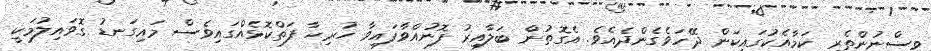
ވިސްނުންތެރި ކަމާއެކުގައިކަން ދޭހަވެގެންދެއެވެ. އެގޮތުން ބަލާއިރު ފޮނުއްވާފައިވާ ހުރިހާ ފަތްކޮޅެއްގައިވެސް މައިގަނޑު ގޮވައިލުމަކީ